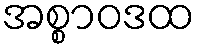
အစ္စာဝဒထ